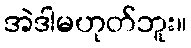
အဲဒါမဟုတ်ဘူး။